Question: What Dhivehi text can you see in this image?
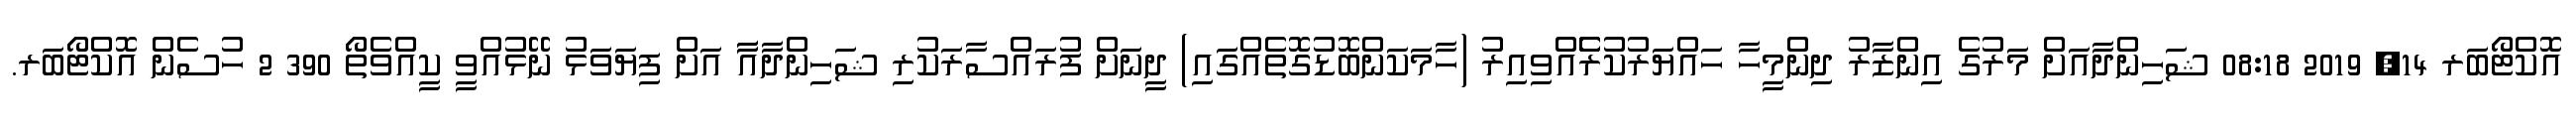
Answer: އޮކްޓޯބަރ 14, 2019 08:18 ޝަހިންދާއަށް މަރުގެ އިންޒާރު ދިންމީހާ ހައްޔަރުކުރެެެެެއްވިއިރު (ހާމަކަންބޮޑުގޮތެއްގައި) ދީނަށް ފުރައްސާރަކުރި ޝަހިންދާއާާ އަށް ފިޔަވަޅު ނޭޅުއްވީ ކީއްވެތޯ 390 2 ހުސެން އޮކްޓޯބަރ.